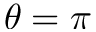
\theta = \pi